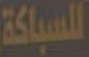
للسباكة